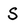
Character: S